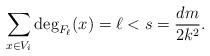
LaTeX: \begin{align*} \sum_{x\in V_i}\deg_{F_\ell}(x)=\ell<s= \frac{dm}{2k^2}.\end{align*}